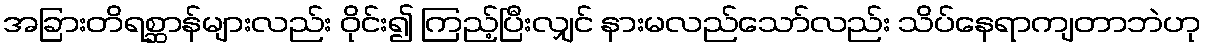
အခြားတိရစ္ဆာန်များလည်း ဝိုင်း၍ ကြည့်ပြီးလျှင် နားမလည်သော်လည်း သိပ်နေရာကျတာဘဲဟု